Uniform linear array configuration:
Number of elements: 32
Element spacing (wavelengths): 0.75
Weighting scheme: binomial
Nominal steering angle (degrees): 60
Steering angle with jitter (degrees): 60.697
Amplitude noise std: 0.05
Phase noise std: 0.05

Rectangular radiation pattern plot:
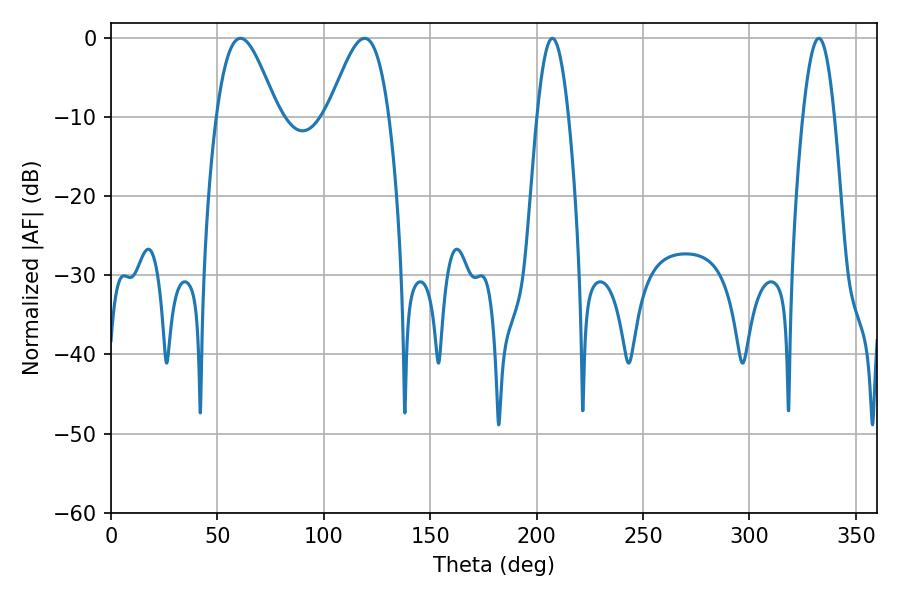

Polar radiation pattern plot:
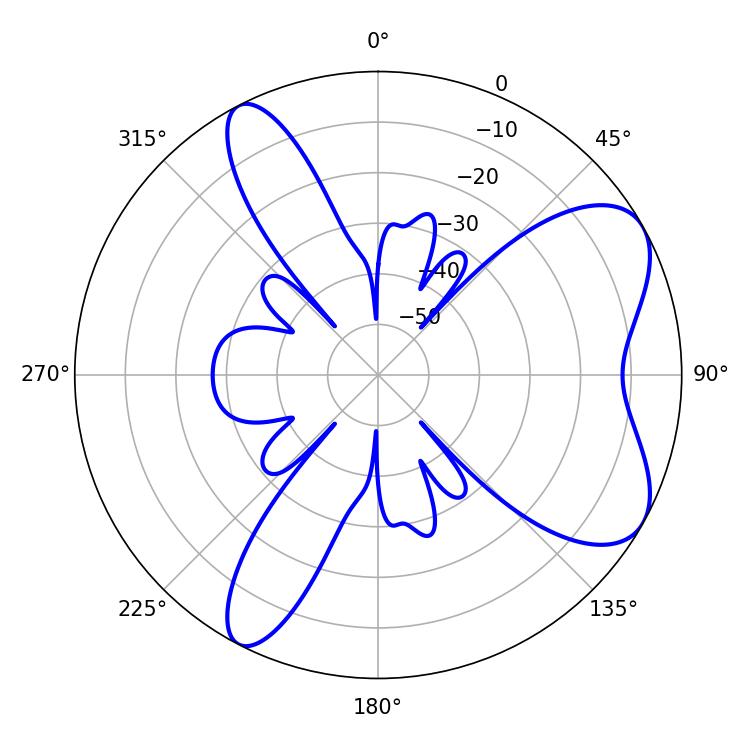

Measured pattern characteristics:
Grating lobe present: TRUE
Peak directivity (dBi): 6.98
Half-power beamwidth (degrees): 15.3
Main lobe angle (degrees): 60.84